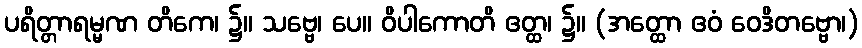
ပရိတ္တာရမ္မဏ တိကေ၊ ၌။ သဗ္ဗေ၊ ပေ။ ဝိပါကောတိ ဧတ္ထ၊ ၌။ (အတ္ထော ဧဝံ ဝေဒိတဗ္ဗော၊)